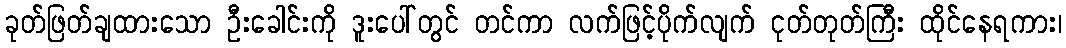
ခုတ်ဖြတ်ချထားသော ဦးခေါင်းကို ဒူးပေါ်တွင် တင်ကာ လက်ဖြင့်ပိုက်လျက် ငုတ်တုတ်ကြီး ထိုင်နေရကား၊